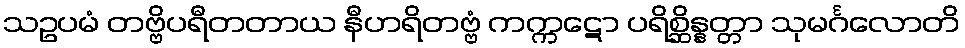
သဥပမံ တဗ္ဗိပရီတတာယ နီဟရိတဗ္ဗံ ကက္ကဋော ပရိစ္ဆိန္နတ္တာ သုမင်္ဂလောတိ